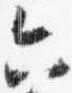
六